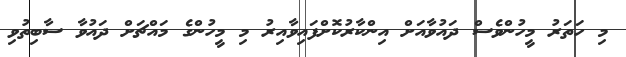
މި ހަތަރު މީހުންވެސް ދައުވާއަށް އިންކާރުކޮށްފައިވާއިރު މި މީހުންގެ މައްޗަށް ދައުވާ ސާބިތުވި